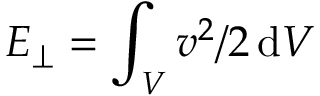
E _ { \perp } = \int _ { V } v ^ { 2 } / 2 \, \mathrm { d } V